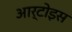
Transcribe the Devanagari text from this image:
आर्टोइस